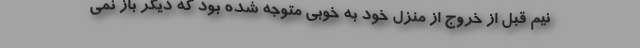
نیم قبل از خروج از منزل خود به خوبی متوجه شده بود که دیگر باز نمی